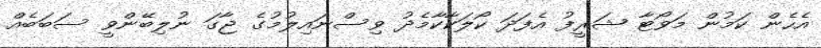
އެހެން ކަމުން މަވޯޓާ ޝަރީފު އެފަދަ ކޯލަކާކާމެދު ވިސްނައިލުމުގެ ޖާގަ ނުލިބޭންވީ ސަބަބެއް